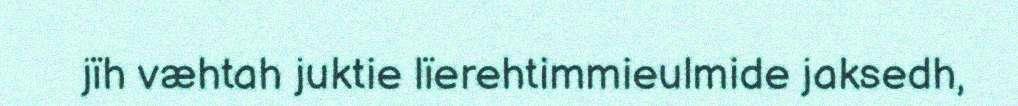
jïh væhtah juktie lïerehtimmieulmide jaksedh,